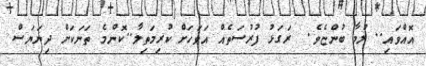
އޮއްވައި.. ލުމާ ބުންޏެވެ.  ރަގަޅު ފުރުސަތެއް އަވަހަށް ކުރިމަތިލާ..ކޮންމެ ތަނަކަށް ދިޔަޔަސް